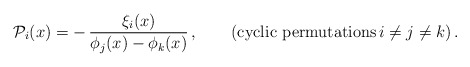
\begin{align*}{\cal P}_i (x) = - \, \frac{\xi_i(x)}{\phi_j(x) - \phi_k(x)}\,,\qquad(\mbox{cyclic permutations} \, i\not=j\not= k )\,.\end{align*}